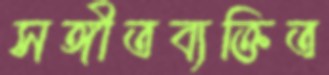
সঙ্গীতব্যক্তিত